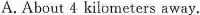
A.About 4 kilometers away.